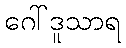
ဂေါ်ဒူသာရ